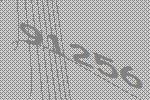
91256